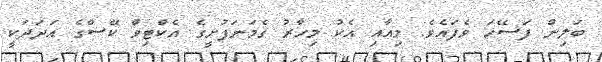
ބަލިން ފަސޭހަ ވެފައެވެ. މިއާއި އެކު މިހާރު ގެމަނަފުށީގެ އެކްޓިވް ކޭސްގެ އަދަދަކީ